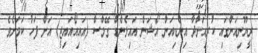
ރީޔޫނިއަންގައި ކުރިއަށްދާ އިންޑިއަން އޯޝަން އައިލެންޑް ގޭމްސް (އައިއޯއައިޖީ) އަށް ފަހު ކަމަށެވެ.